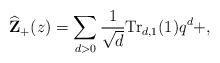
LaTeX: \begin{align*}\widehat{\mathbf{Z}}_+(z) = \sum_{d>0} \frac{1}{\sqrt{d}}\mathrm{Tr}_{d,1}(1)q^d + ,\end{align*}